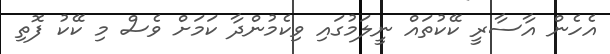
އެހެން އާސާރީ ކޭކުތައް ނީލަމުގައި ވިކެމުންދާ ކަމަށް ވެސް މި ކޭކު ފޮތި